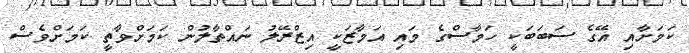
ކަމަށާއި އޭގެ ސަބަބަކީ ހަމާސްގެ މައި އަމާޒަކީ އިޒްރޭލު ނައްތާލުން ކަމަށްވާތީ ކަމަށްވެސް